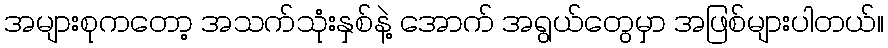
အများစုကတော့ အသက်သုံးနှစ်နဲ့ အောက် အရွယ်တွေမှာ အဖြစ်များပါတယ်။